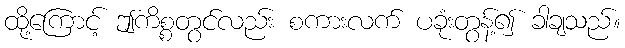
ထို့ကြောင့် ဤကိစ္စတွင်လည်း စကားလက် ပခုံးတွန့်၍ ခါချသည်။